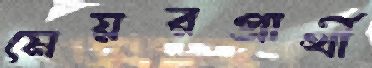
মেয়রপ্রার্থী